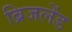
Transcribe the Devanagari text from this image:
ब्रिजलेंड